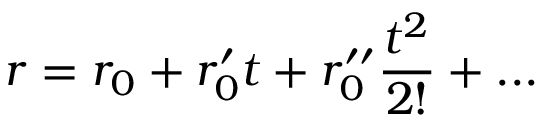
r = r _ { 0 } + r _ { 0 } ^ { \prime } t + r _ { 0 } ^ { \prime \prime } { \frac { t ^ { 2 } } { 2 ! } } + . . .